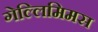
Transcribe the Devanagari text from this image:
गेल्‍लिमिमस